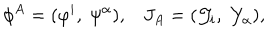
\phi ^ { A } = ( \varphi ^ { i } , \; \psi ^ { \alpha } ) , J _ { A } = ( { \cal J } _ { i } , \; { \cal Y } _ { \alpha } ) , \,